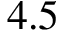
4 . 5